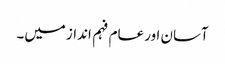
آسان اور عام فہم انداز میں۔